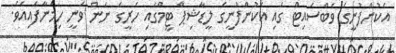
އެކުންފުނީގެ ވެބްސައިޓް ގައި އެކުންފުނީގެ ލީޑާޝިޕް ޓީމްގައި ހެރީގެ ނަން ވަނީ ހިމަނާފައިއެވެ.